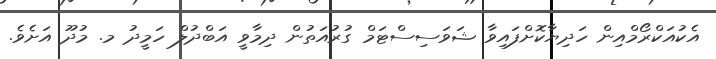
އެކުއަކްރޯމްއިން ހަދިޔާކޮށްފައިވާ ޝަވަސިސްޓަމް ގުރުއަތުން ދިމާވީ އަބްދުލް ހަމީދު މ. މުދޫ އަށެވެ.